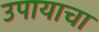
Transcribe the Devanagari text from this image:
उपायाचा